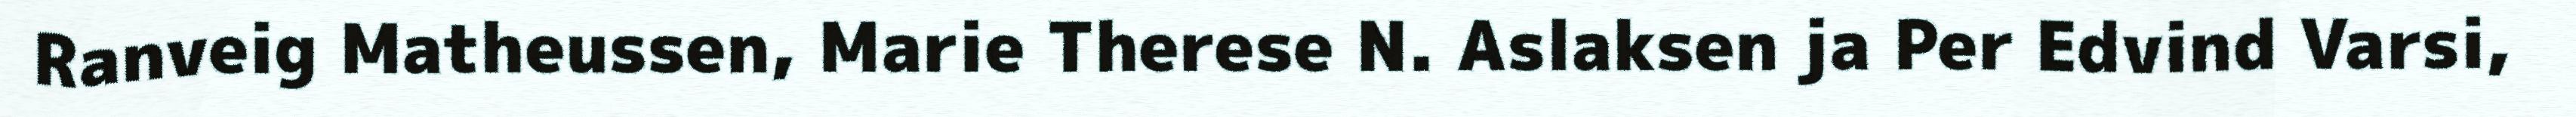
Ranveig Matheussen, Marie Therese N. Aslaksen ja Per Edvind Varsi,